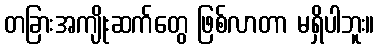
တခြားအကျိုးဆက်တွေ ဖြစ်လာတာ မရှိပါဘူး။